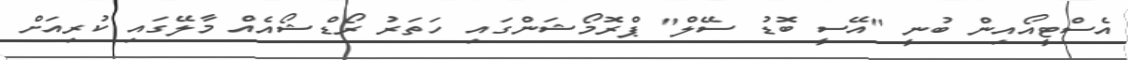
އެސްޓީއޯއިން ބުނީ "އޭސީ ބޮޑު ސޭލް" ޕްރޮމޯޝަންގައި ހަތަރު ރޯޑްޝޯއެއް މާލޭގައި ކުރިއަށް